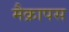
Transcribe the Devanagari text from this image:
मैक्रापस